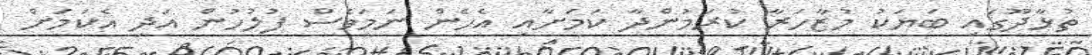
ތުޅާދޫގައި ބަޔަކު މުޒާހަރާ ކުރަމުންދާ ކަމަށާއި އެހެން ނަމަވެސް ފުލުހުން އަދި އެކަމަށް